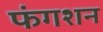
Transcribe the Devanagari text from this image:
फंगशन